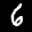
Label: 6